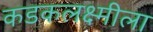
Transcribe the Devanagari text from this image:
कडकलक्ष्मीला